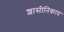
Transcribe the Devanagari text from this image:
शासीनिकाय